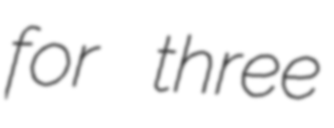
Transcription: for three